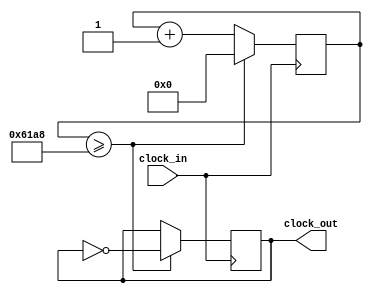
module Clock_Divider(clock_in, clock_out);
	input clock_in;
	output reg clock_out;
	reg [14:0] count;
	
	always @ (posedge clock_in)
	begin
		count <= count + 1;
		if (count >= 25000)
			begin
				count <= 0;
				clock_out <= ~clock_out;
			end
	end
endmodule